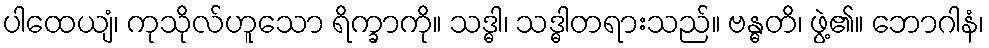
ပါထေယျံ၊ ကုသိုလ်ဟူသော ရိက္ခာကို။ သဒ္ဓါ၊ သဒ္ဓါတရားသည်။ ဗန္ဓတိ၊ ဖွဲ့၏။ ဘောဂါနံ၊